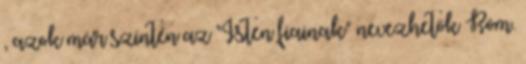
, azok már szintén az "Isten fiainak" nevezhetők Róm.